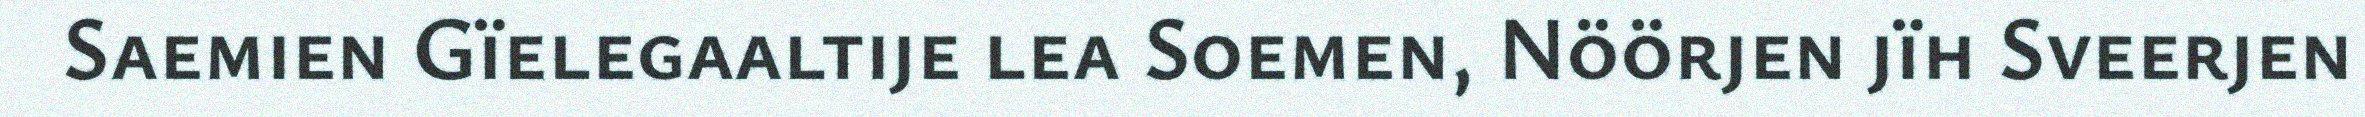
Saemien Gïelegaaltije lea Soemen, Nöörjen jïh Sveerjen